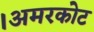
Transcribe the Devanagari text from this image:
।अमरकोट